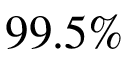
9 9 . 5 \%